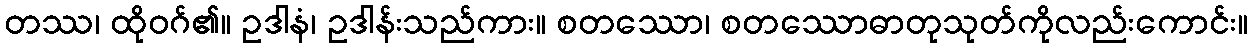
တဿ၊ ထိုဝဂ်၏။ ဥဒါနံ၊ ဥဒါန်းသည်ကား။ စတဿော၊ စတဿောဓာတုသုတ်ကိုလည်းကောင်း။